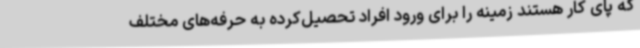
که پای کار هستند زمینه را برای ورود افراد تحصیل‌کرده به حرفه‌های مختلف